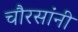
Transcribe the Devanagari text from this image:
चौरसांनी